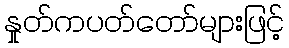
နှုတ်ကပတ်တော်များဖြင့်